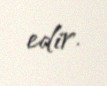
edir.